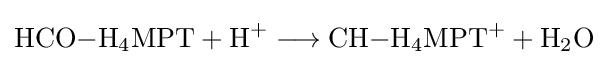
{\mathrm {HCO} {-}\mathrm {H} {\vphantom {A}}_{\smash[{t}]{4}}\mathrm {MPT} {}+{}\mathrm {H} {\vphantom {A}}^{+}{}\mathrel {\longrightarrow } {}\mathrm {CH} {-}\mathrm {H} {\vphantom {A}}_{\smash[{t}]{4}}\mathrm {MPT} {\vphantom {A}}^{+}{}+{}\mathrm {H} {\vphantom {A}}_{\smash[{t}]{2}}\mathrm {O} }